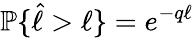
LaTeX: \mathbb{P}\{ \hat{\ell}>\ell\} =e^{-q\ell}